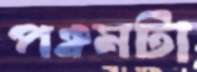
পঞ্চমটা